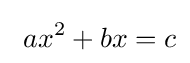
\ ax^{2}+bx=c